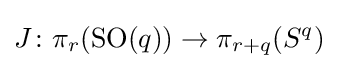
J\colon \pi _{r}(\mathrm {SO} (q))\to \pi _{r+q}(S^{q})